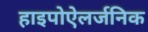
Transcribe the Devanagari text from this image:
हाइपोऐलर्जनिक